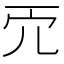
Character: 𠑺